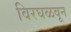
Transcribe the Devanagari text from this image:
विरघळवून